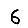
Digit: 6